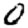
Digit: 0